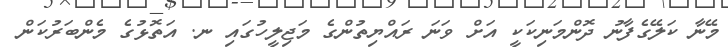
މޭނާ ކަލޭގެފާނު ދޮންމަނިކަކީ އަށް ވަނަ ރައްޔިތުންގެ މަޖިލީހުގައި ނ. އަތޮޅުގެ މެންބަރުކަން